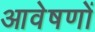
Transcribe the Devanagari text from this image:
आवेषणों